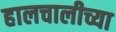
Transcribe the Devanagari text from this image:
हालचालीच्या